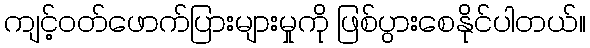
ကျင့်ဝတ်ဖောက်ပြားများမှုကို ဖြစ်ပွားစေနိုင်ပါတယ်။